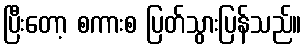
ပြီးတော့ စကားစ ပြတ်သွားပြန်သည်။